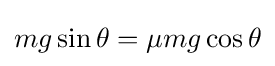
mg\sin \theta =\mu mg\cos \theta